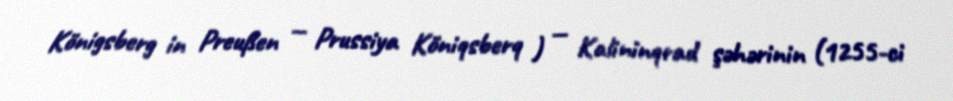
Königsberg in Preußen — Prussiya Köniqsberq ) — Kalininqrad şəhərinin (1255-ci